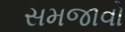
સમજાવો